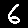
Digit: 6